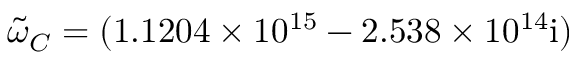
\tilde { \omega } _ { C } = ( 1 . 1 2 0 4 \times 1 0 ^ { 1 5 } - 2 . 5 3 8 \times 1 0 ^ { 1 4 } \mathrm { { i } ) }